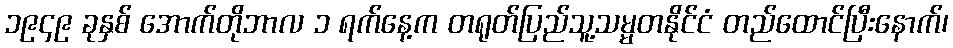
၁၉၄၉ ခုနှစ် အောက်တိုဘာလ ၁ ရက်နေ့က တရုတ်ပြည်သူ့သမ္မတနိုင်ငံ တည်ထောင်ပြီးနောက်၊